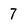
Character: 7